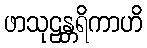
ဖာသုဠန္တရိကာဟိ